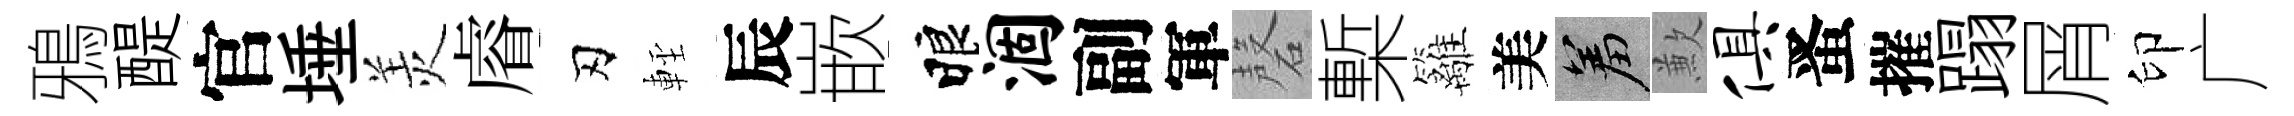
鴉醍官埵羙𥈠刃䡖辰嵌睱涸副軍磬槧籬美羞歉俱󱉠摧蹋屑印广